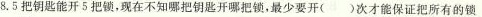
8.5把钥匙能开5把锁，现在不知哪把钥匙开哪把锁，最少要开（ ）次才能保证把所有的锁